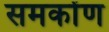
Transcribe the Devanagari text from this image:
समकोंण